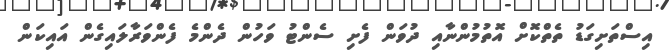
އިސްތަށިގަޑު ތެތްކޮށް އޮތުމުންނާއި ދުވަން ފެށި ސެންޓު ވަހުން ދެންމެ ފެންވަރާލައިގެން އައިކަން